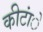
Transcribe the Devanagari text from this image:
कीटांे